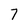
Character: 7